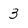
Character: 3